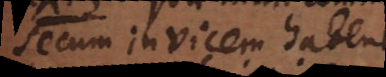
secum invicem habent